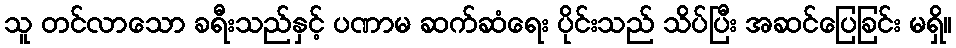
သူ တင်လာသော ခရီးသည်နှင့် ပဏာမ ဆက်ဆံရေး ပိုင်းသည် သိပ်ပြီး အဆင်ပြေခြင်း မရှိ။